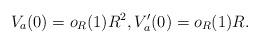
LaTeX: \begin{align*}V_a(0)=o_R(1)R^2, V_a'(0)=o_R(1)R.\end{align*}